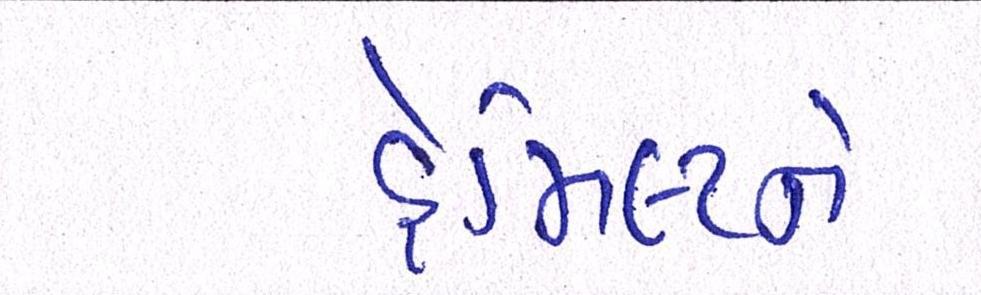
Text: હેમિલ્ટને